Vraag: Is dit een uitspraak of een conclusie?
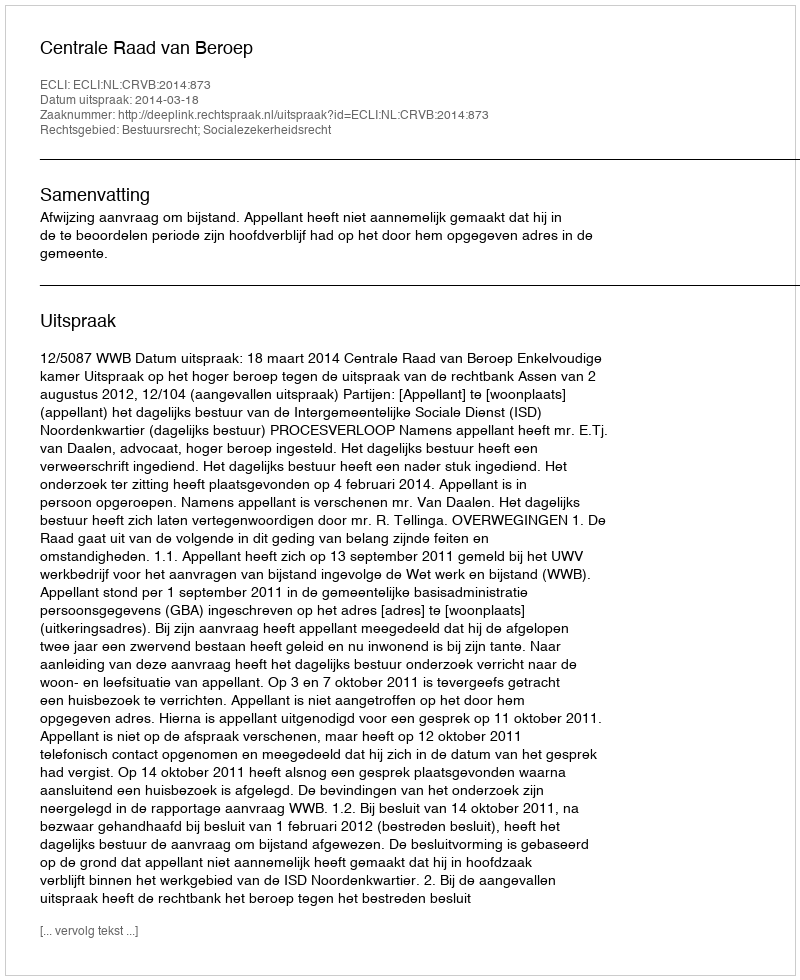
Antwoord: Uitspraak